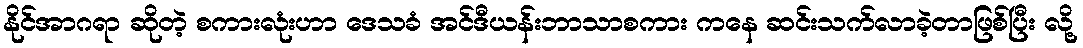
နိုင်အာဂရာ ဆိုတဲ့ စကားလုံးဟာ ဒေသခံ အင်ဒီယန်းဘာသာစကား ကနေ ဆင်းသက်လာခဲ့တာဖြစ်ပြီး လို့